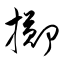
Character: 擿